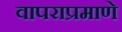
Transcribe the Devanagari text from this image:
वापराप्रमाणे